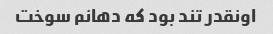
اونقدر تند بود که دهانم سوخت